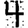
Digit: 4